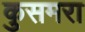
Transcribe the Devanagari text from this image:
कुसमरा